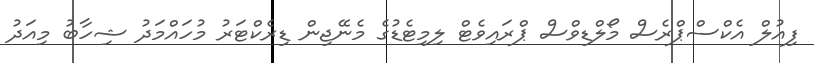
ފިއުލް އެކްސްޕްރެސް މޯލްޑިވްސް ޕްރައިވެޓް ލިމިޓެޑުގެ މެނޭޖިން ޑިރެކްޓަރު މުހައްމަދު ޝިހާބު މިއަދު